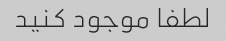
لطفا موجود کنید